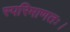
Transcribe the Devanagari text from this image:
स्परिमाणतः।